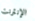
الإنترنت